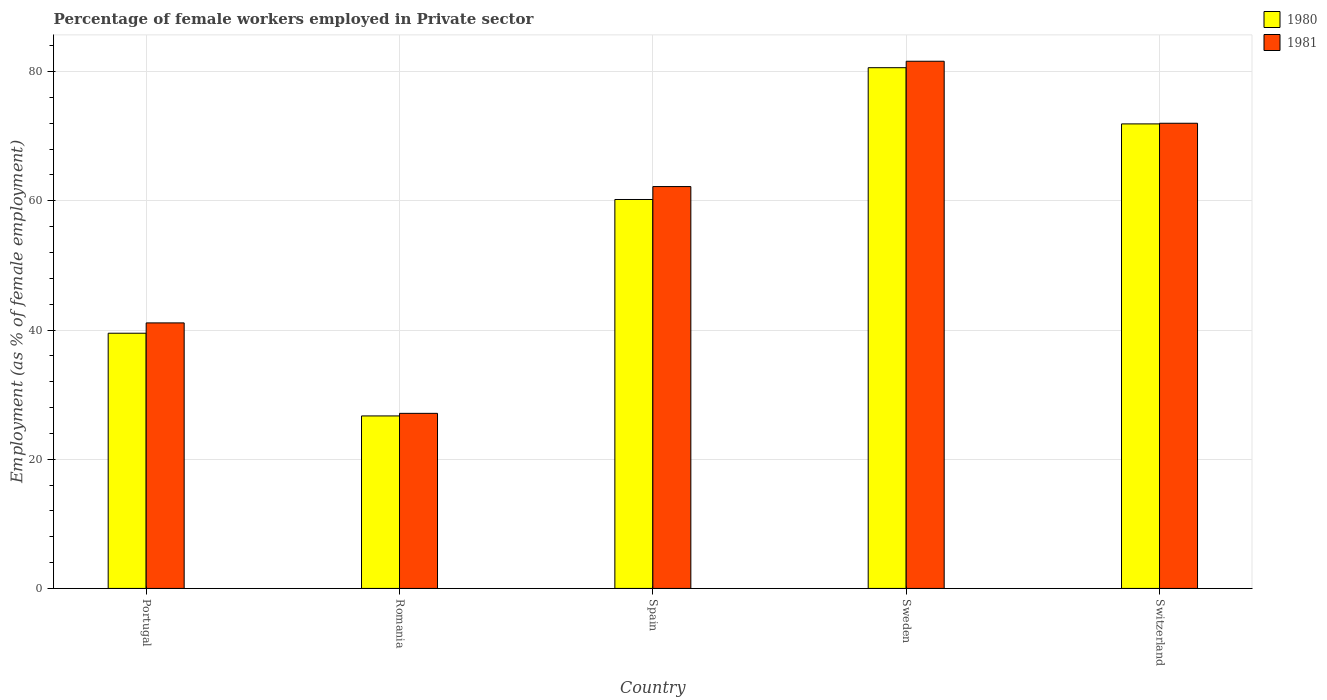
| Country | 1980 | 1981 |
 | --- | --- | --- |
 | Portugal | 39.5 | 41.1 |
 | Romania | 26.7 | 27.1 |
 | Spain | 60.2 | 62.2 |
 | Sweden | 80.6 | 81.6 |
 | Switzerland | 71.9 | 72 |